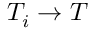
T _ { i } \to T